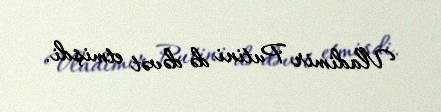
Vladimir Putini də dəvət etmişdi.